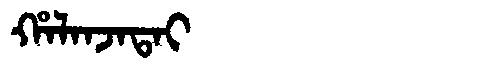
Manchu: ᡥᠠᠯᠠᠨᠵᠠᡨᠠᡳ
Romanization: HALANJATAI